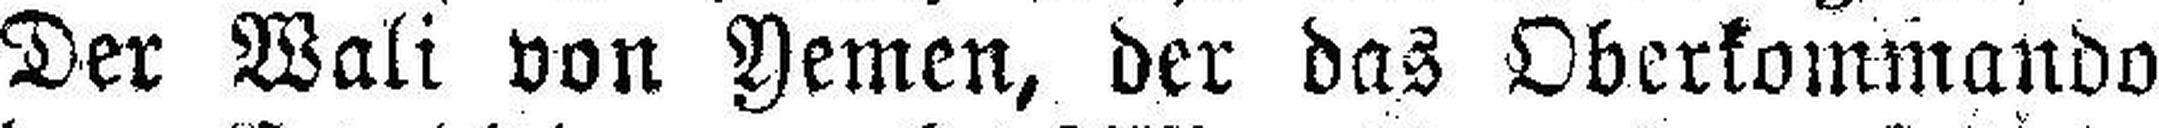
Der Wali von Yemen, der das Oberkommando